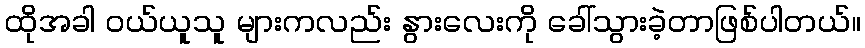
ထိုအခါ ဝယ်ယူသူ များကလည်း နွားလေးကို ခေါ်သွားခဲ့တာဖြစ်ပါတယ်။